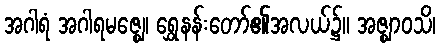
အဂါရံ အဂါရမဇ္ဈေ၊ ရွှေနန်းတော်၏အလယ်၌။ အဇ္ဈာဝသိ၊